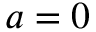
a = 0